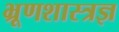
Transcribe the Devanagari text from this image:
भ्रूणशास्त्रज्ञ